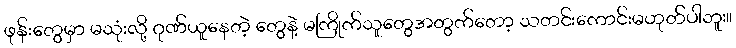
ဖုန်းတွေမှာ မသုံးလို့ ဂုဏ်ယူနေတဲ့ တွေနဲ့ မကြိုက်သူတွေအတွက်တော့ သတင်းကောင်းမဟုတ်ပါဘူး။